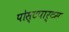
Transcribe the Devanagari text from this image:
पोस्‍टपार्टम